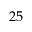
2 5